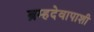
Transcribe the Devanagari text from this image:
ब्रम्हदेवापाशी